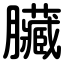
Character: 臟